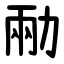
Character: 㔝